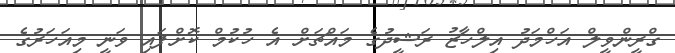
ގްރީންވީލް އަހްމަދު އިލްހާޒު ރަޝީދުގެ މައްޗަށް އެ ހުކުމް ކޮށްފައި ވަނީ މިއަހަރުގެ